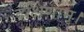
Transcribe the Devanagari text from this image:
दक्षिणाम्‌।